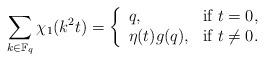
LaTeX: \begin{align*}\sum_{k\in\mathbb F_q} \chi_1(k^2 t)=\left\{\begin{array}{ll}q, & \mbox{if $t=0$,}\\\eta(t) g(q), & \mbox{if $t\ne 0$.}\end{array}\right.\end{align*}